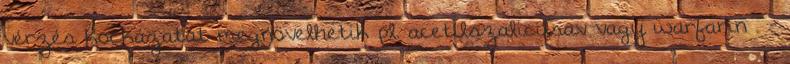
vérzés kockázatát megnövelhetik pl. acetilszalicilsav vagy warfarin . -